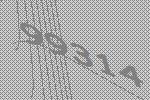
99314